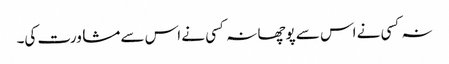
نہ کسی نے اس سے پوچھا نہ کسی نے اس سے مشاورت کی۔